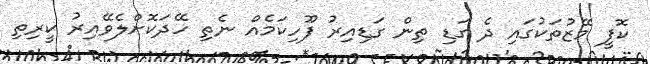
ކޮފީ މޭޒުތަކުގައި ދެ ގަޑި ތިން ގަޑިއިރު ފޫހިކަމެއް ނެތި ހޭދަކޮށްލެވޭއިރު ކީރިތި